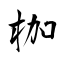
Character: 枷